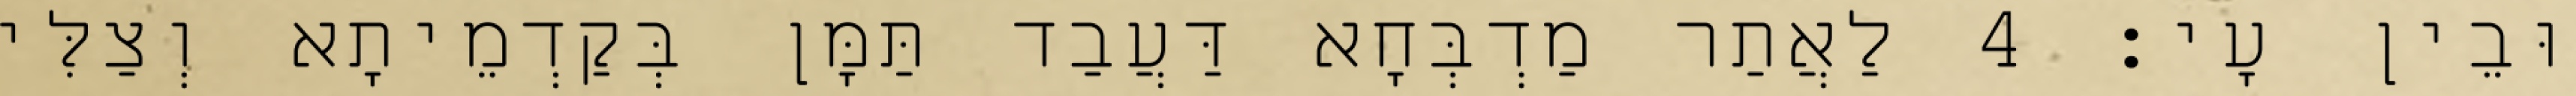
וּבֵין עָי׃ 4 לַאֲתַר מַדְבְּחָא דַּעֲבַד תַּמָּן בְּקַדְמֵיתָא וְצַלִּי